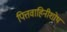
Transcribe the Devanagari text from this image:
पित्तवाहिनीशोथ